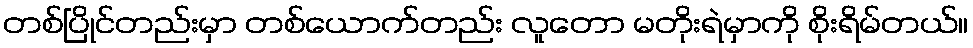
တစ်ပြိုင်တည်းမှာ တစ်ယောက်တည်း လူတော မတိုးရဲမှာကို စိုးရိမ်တယ်။